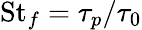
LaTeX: \mathrm{St}_{f}=\tau_{p}/\tau_{0}